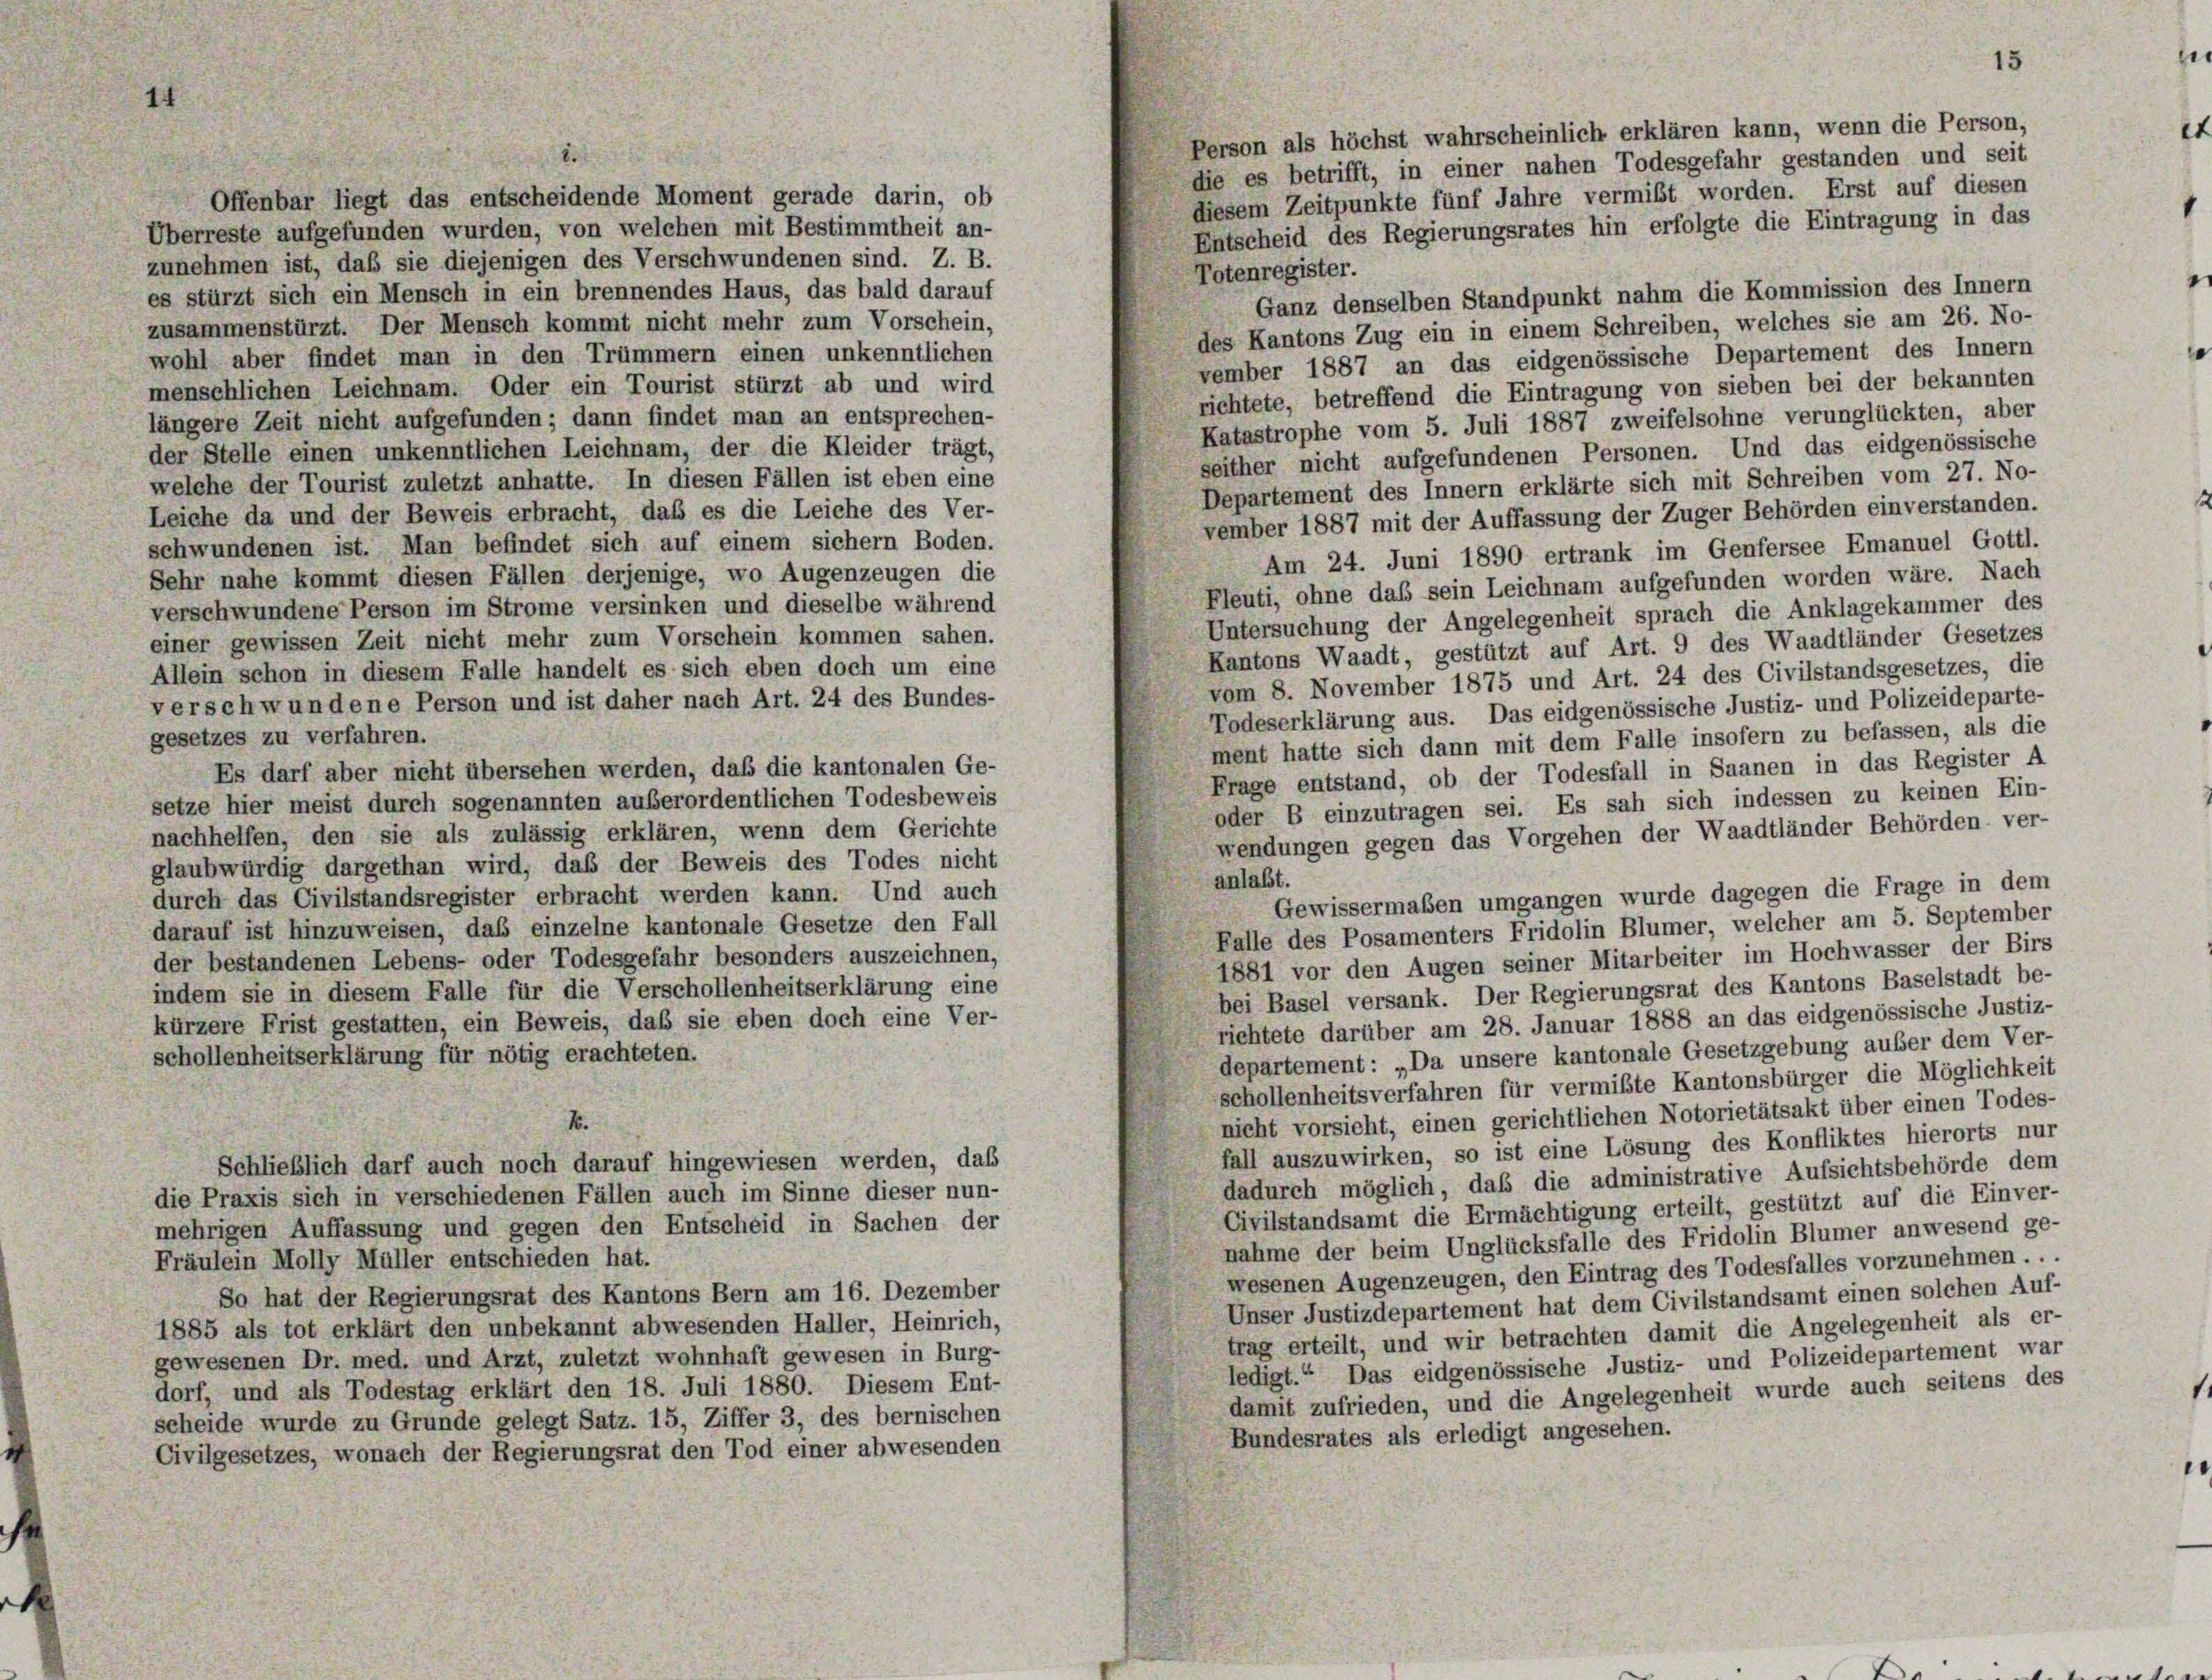
Person als höchst wahrscheinlich erklären kann, wenn die Person,
die es betrifft, in einer nahen Todesgefahr gestanden und seit
diesem Zeitpunkte fünf Jahre vermißt worden. Erst auf diesen
Offenbar liegt das entscheidende Moment gerade darin, ob
Entscheid des Regierungsrates hin erfolgte die Eintragung in das
Überreste aufgefunden wurden, von welchen mit Bestimmtheit an-
zunehmen ist, daß sie diejenigen des Verschwundenen sind. Z. B.
Totenregister.
es stürzt sich ein Mensch in ein brennendes Haus, das bald darauf
Ganz denselben Standpunkt nahm die Kommission des Innern
zusammenstürzt. Der Mensch kommt nicht mehr zum Vorschein,
des Kantons Zug ein in einem Schreiben, welches sie am 26. No-
wohl aber findet man in den Trümmern einen unkenntlichen
vember 1887 an das eidgenössische Departement des Innern
menschlichen Leichnam. Oder ein Tourist stürzt ab und wird
richtete, betreffend die Eintragung von sieben bei der bekannten
längere Zeit nicht aufgefunden; dann findet man an entsprechen-
Katastrophe vom 5. Juli 1887 zweifelsohne verunglückten, aber
der Stelle einen unkenntlichen Leichnam, der die Kleider trägt,
seither nicht aufgefundenen Personen. Und das eidgenössische
welche der Tourist zuletzt anhatte. In diesen Fällen ist eben eine
Departement des Innern erklärte sich mit Schreiben vom 27. No-
Leiche da und der Beweis erbracht, daß es die Leiche des Ver-
vember 1887 mit der Auffassung der Zuger Behörden einverstanden.
schwundenen ist. Man befindet sich auf einem sichern Boden.
Am 24. Juni 1890 ertrank im Genfersee Emanuel Gottl.
Sehr nahe kommt diesen Fällen derjenige, wo Augenzeugen die
Fleuti, ohne das sein Leichnam aufgefunden worden wäre. Nach
verschwundene Person im Strome versinken und dieselbe während
Untersuchung der Angelegenheit sprach die Anklagekammer des
einer gewissen Zeit nicht mehr zum Vorschein kommen sahen.
Kantons Waadt, gestützt auf Art. 9 des Waadtländer Gesetzes
Allein schon in diesem Falle handelt es sich eben doch um eine
vom 8. November 1875 und Art. 24 des Civilstandsgesetzes, die
verschwundene Person und ist daher nach Art. 24 des Bundes-
Todeserklärung aus. Das eidgenössische Justiz- und Polizeideparte-
gesetzes zu verfahren.
ment hatte sich dann mit dem Falle insofern zu befassen, als die
Es darf aber nicht übersehen werden, daß die kantonalen Ge-
Frage entstand, ob der Todesfall in Saanen in das Register A
setze hier meist durch sogenannten außerordentlichen Todesbeweis
oder B einzutragen sei. Es sah sich indessen zu keinen Ein-
nachhelfen, den sie als zulässig erklären, wenn dem Gerichte
wendungen gegen das Vorgehen der Waadtländer Behörden ver-
glaubwürdig dargethan wird, daß der Beweis des Todes nicht
anlaßt.
durch das Civilstandsregister erbracht werden kann. Und auch
Gewissermaßen umgangen wurde dagegen die Frage in dem
Falle des Posamenters Fridolin Blümer, welcher am 5. September
darauf ist hinzuweisen, daß einzelne kantonale Gesetze den Fall
1881 vor den Augen seiner Mitarbeiter im Hochwasser der Birs
der bestandenen Lebens- oder Todesgefahr besonders auszeichnen,
indem sie in diesem Falle für die Verschollenheitserklärung eine
bei Basel versank. Der Regierungsrat des Kantons Baselstadt be-
richtete darüber am 28. Januar 1888 an das eidgenössische Justiz-
kürzere Frist gestatten, ein Beweis, daß sie eben doch eine Ver-
departement: „Da unsere kantonale Gesetzgebung außer dem Ver-
schollenheitserklärung für nötig erachteten.
schollenheitsverfahren für vermißte Kantonsbürger die Möglichkeit
nicht vorsieht, einen gerichtlichen Notorietätsakt über einen Todes-
1.
fall auszuwirken, so ist eine Lösung des Konfliktes hierorts nur
Schließlich darf auch noch darauf hingewiesen werden, das
dadurch möglich, daß die administrative Aufsichtsbehörde dem
die Praxis sich in verschiedenen Fällen auch im Sinne dieser nun-
Civilstandsamt die Ermächtigung erteilt, gestützt auf die Einver-
mehrigen Auffassung und gegen den Entscheid in Sachen der
nahme der beim Unglücksfalle des Fridolin Blümer anwesend ge-
Fräulein Molly Müller entschieden hat.
wesenen Augenzeugen, den Eintrag des Todesfalles vorzunehmen . . .
So hat der Regierungsrat des Kantons Bern am 16. Dezember
Unser Justizdepartement hat dem Civilstandsamt einen solchen Auf-
1885 als tot erklärt den unbekannt abwesenden Haller, Heinrich,
trag erteilt, und wir betrachten damit die Angelegenheit als er-
gewesenen Dr. med. und Arzt, zuletzt wohnhaft gewesen in Burg-
ledigt.“ Das eidgenössische Justiz- und Polizeidepartement war
dorf, und als Todestag erklärt den 18. Juli 1880. Diesem Ent-
damit zufrieden, und die Angelegenheit wurde auch seitens des
scheide wurde zu Grunde gelegt Satz. 15, Ziffer 3, des bernischen
Bundesrates als erledigt angesehen.
Civilgesetzes, wonach der Regierungsrat den Tod einer abwesenden

15